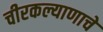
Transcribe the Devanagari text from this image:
चीरकल्याणाचे